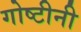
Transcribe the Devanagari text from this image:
गोष्टीनी